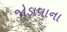
જોડાવાના